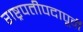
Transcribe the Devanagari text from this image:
राष्ट्रपतीपदापूर्वी